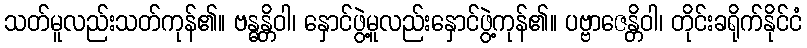
သတ်မူလည်းသတ်ကုန်၏။ ဗန္ဓန္တိဝါ၊ နှောင်ဖွဲ့မူလည်းနှောင်ဖွဲ့ကုန်၏။ ပဗ္ဗာဇေန္တိဝါ၊ တိုင်းခရိုက်နိုင်ငံ